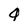
Character: 4